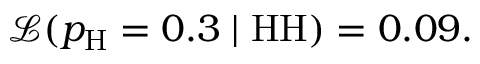
{ \mathcal { L } } ( p _ { \mathrm { H } } = 0 . 3 \mid { \mathrm { H H } } ) = 0 . 0 9 .